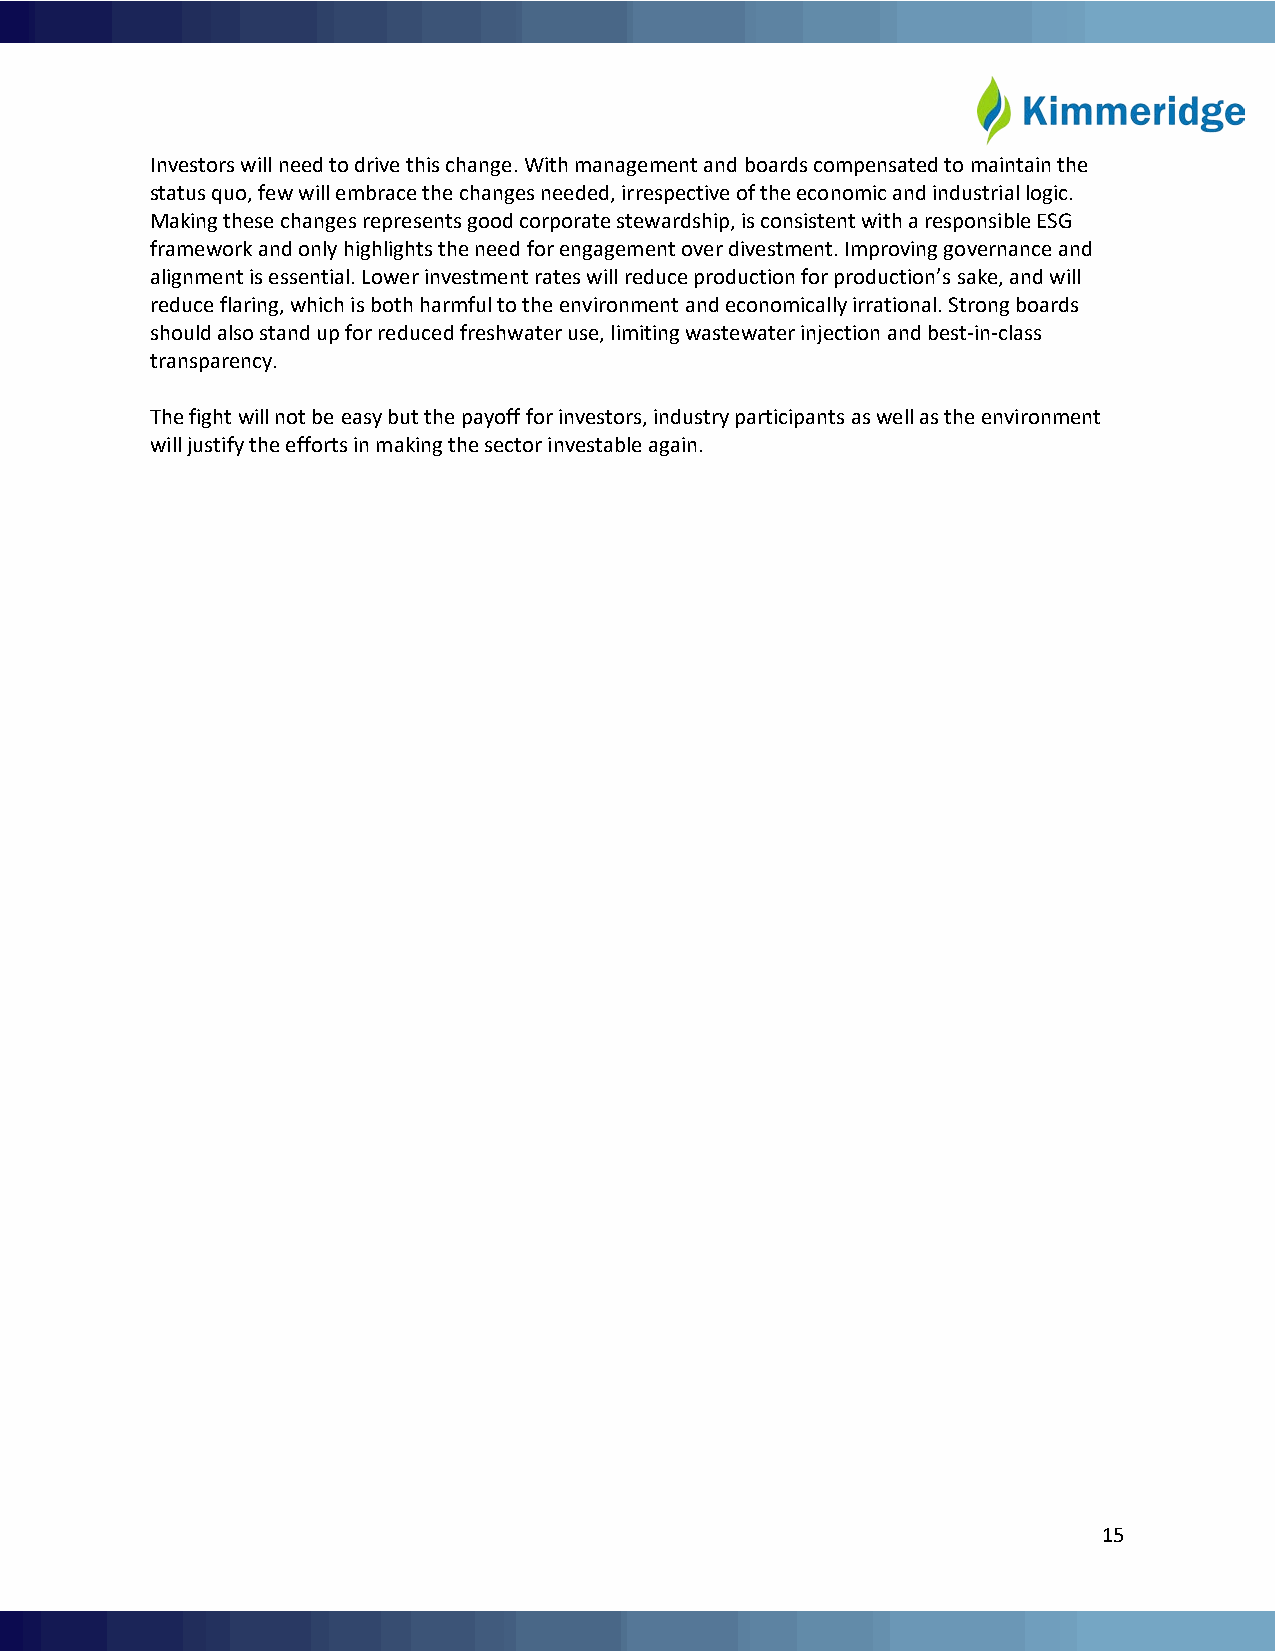
Investors will need to drive this change. With management and boards compensated to maintain the
 status quo, few will embrace the changes needed, irrespective of the economic and industrial logic.
 Making these changes represents good corporate stewardship, is consistent with a responsible ESG
 framework and only highlights the need for engagement over divestment. Improving governance and
 alignment is essential. Lower investment rates will reduce production for production’s sake, and will
 reduce flaring, which is both harmful to the environment and economically irrational. Strong boards
 should also stand up for reduced freshwater use, limiting wastewater injection and best-in-class
 transparency.
 The fight will not be easy but the payoff for investors, industry participants as well as the environment
 will justify the efforts in making the sector investable again.
 15